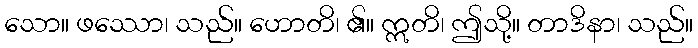
သော။ ဖဿော၊ သည်။ ဟောတိ၊ ၏။ ဣတိ၊ ဤသို့။ တာဒိနာ၊ သည်။